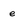
Character: e